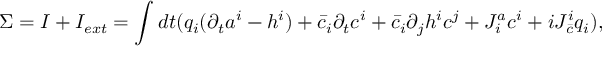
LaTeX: \Sigma = I + I _ { e x t } = \int d t ( q _ { i } ( \partial _ { t } a ^ { i } - h ^ { i } ) + \bar { c } _ { i } \partial _ { t } c ^ { i } + \bar { c } _ { i } \partial _ { j } h ^ { i } c ^ { j } + J _ { i } ^ { a } c ^ { i } + i J _ { \bar { c } } ^ { i } q _ { i } ) ,